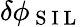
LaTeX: \delta\phi_{\mathrm{~S~I~L~}}